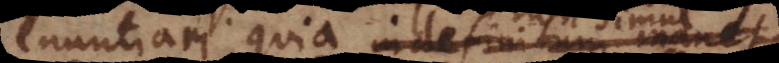
enuntiari, quia indefinitum manet